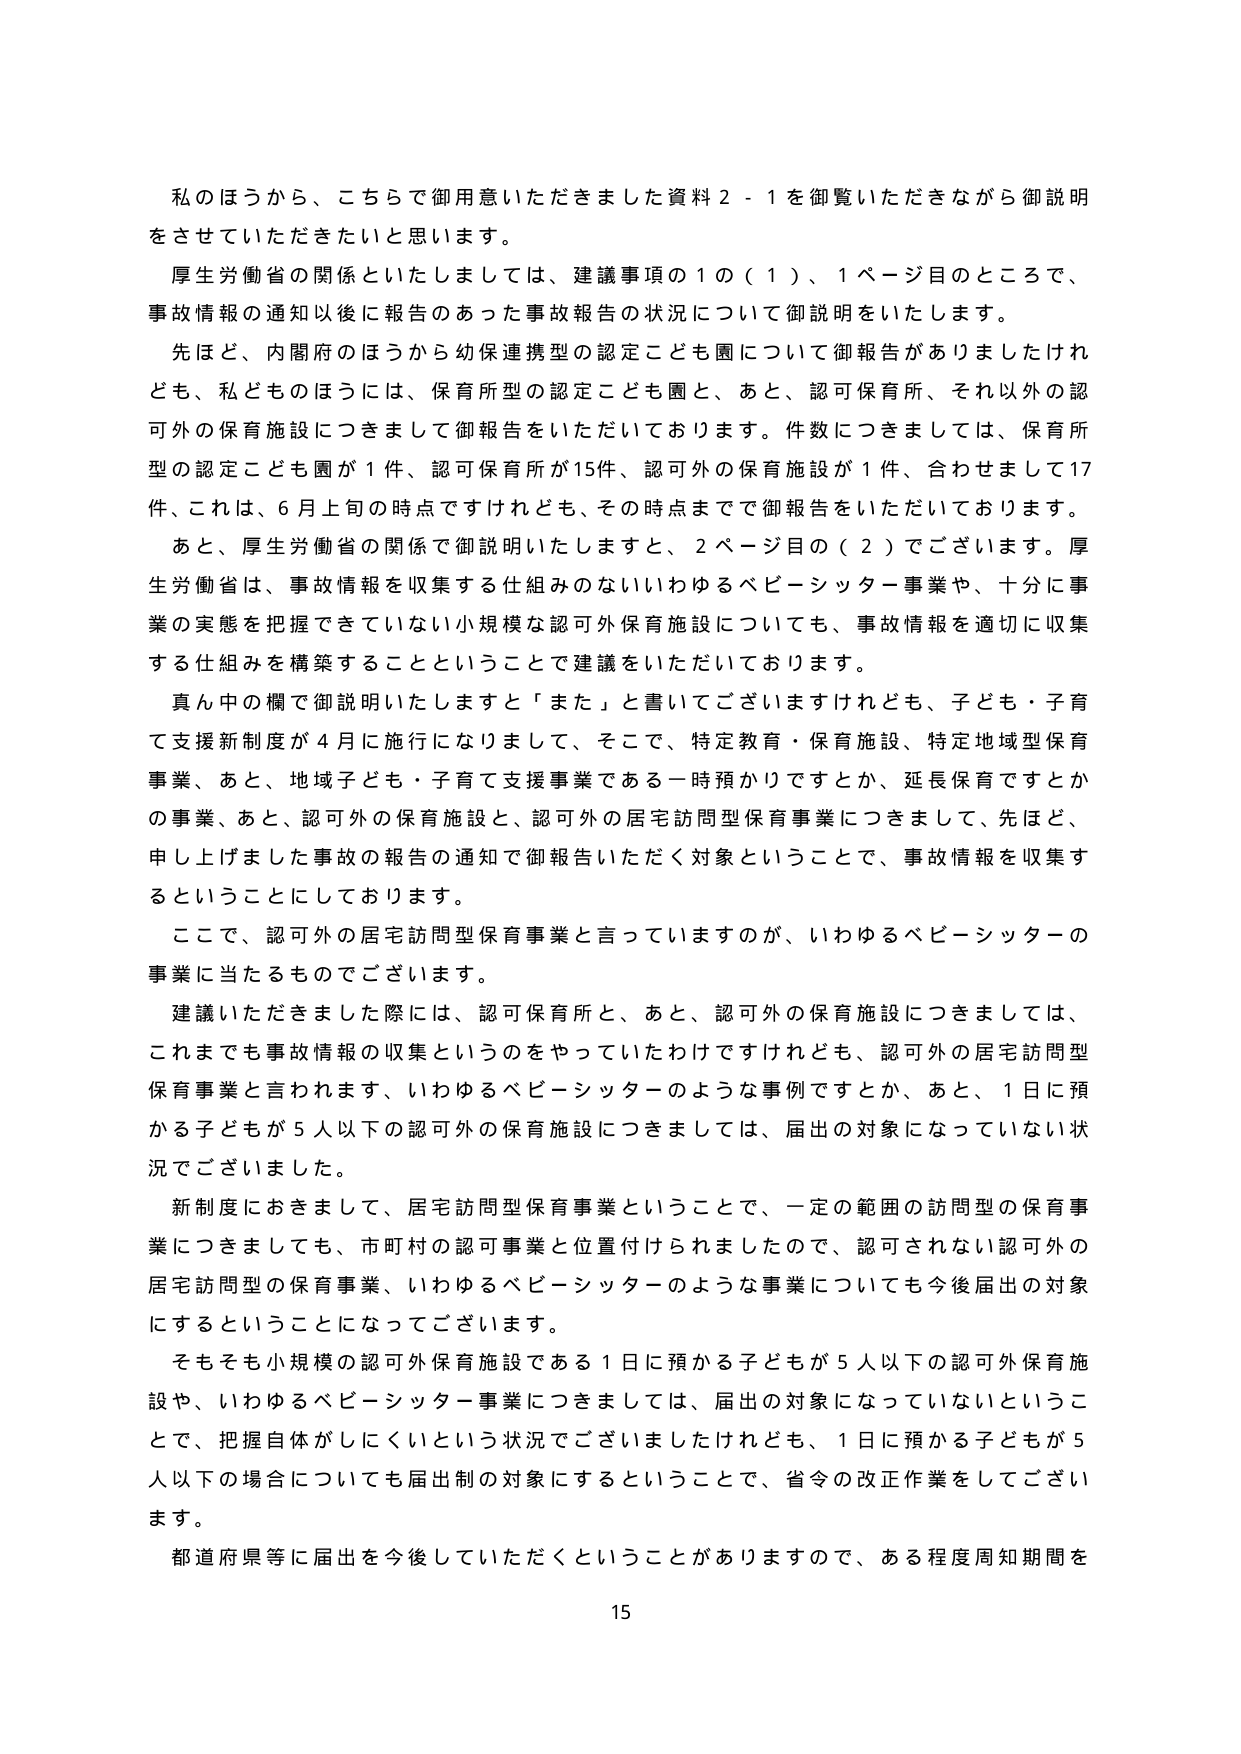
私のほうから、こちらで御用意いただきました資料２－１を御覧いただきながら御説明をさせていただきたいと思います。

厚生労働省の関係といたしましては、建議事項の１の（１）、１ページ目のところで、事故情報の通知以後に報告のあった事故報告の状況について御説明をいたします。

先ほど、内閣府のほうから幼保連携型の認定こども園について御報告がありましたけれども、私どものほうには、保育所型の認定こども園と、あと、認可保育所、それ以外の認可外の保育施設につきまして御報告をいただいております。件数につきましては、保育所型の認定こども園が１件、認可保育所が15件、認可外の保育施設が１件、合わせまして17件、これは、６月上旬の時点ですけれども、その時点までで御報告をいただいております。

あと、厚生労働省の関係で御説明いたしますと、２ページ目の（２）でございます。厚生労働省は、事故情報を収集する仕組みのないいわゆるベビーシッター事業や、十分に事業の実態を把握できていない小規模な認可外保育施設についても、事故情報を適切に収集する仕組みを構築することということで建議をいただいております。

真ん中の欄で御説明いたしますと「また」と書いてございますけれども、子ども・子育て支援新制度が４月に施行になりまして、そこで、特定教育・保育施設、特定地域型保育事業、あと、地域子ども・子育て支援事業である一時預かりですとか、延長保育ですとかの事業、あと、認可外の保育施設と、認可外の住宅訪問型保育事業につきまして、先ほど、申し上げました事故の報告の通知で御報告いただく対象ということで、事故情報を収集するということにしております。

ここで、認可外の住宅訪問型保育事業と言っていますのが、いわゆるベビーシッターの事業に当たるものでございます。

建議いただきました際には、認可保育所と、あと、認可外の保育施設につきましては、これまでも事故情報の収集というのをやっていただけですけれども、認可外の住宅訪問型保育事業と言われます、いわゆるベビーシッターのような事例ですとか、あと、１日に預かる子どもが５人以下の認可外の保育施設につきましては、届出の対象になっていない状況でございました。

新制度におきまして、住宅訪問型保育事業ということで、一定の範囲の訪問型の保育事業につきましても、市町村の認可事業と位置付けられましたので、認可されない認可外の住宅訪問型の保育事業、いわゆるベビーシッターのような事業についても今後届出の対象にするということになってございます。

そもそも小規模の認可外保育施設である１日に預かる子どもが５人以下の認可外保育施設や、いわゆるベビーシッター事業につきましては、届出の対象になっていないということで、把握自体がしにくいという状況でございましたけれども、１日に預かる子どもが５人以下の場合についても届出制の対象にするということで、省令の改正作業をしてございます。

都道府県等に届出を今後していただくということがありますので、ある程度周知期間を

15